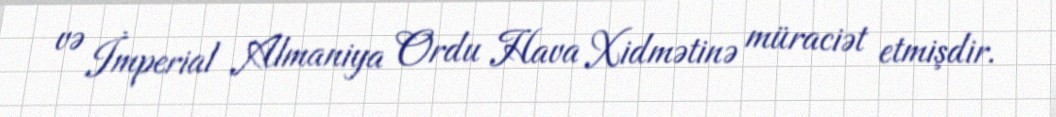
və İmperial Almaniya Ordu Hava Xidmətinə müraciət etmişdir.